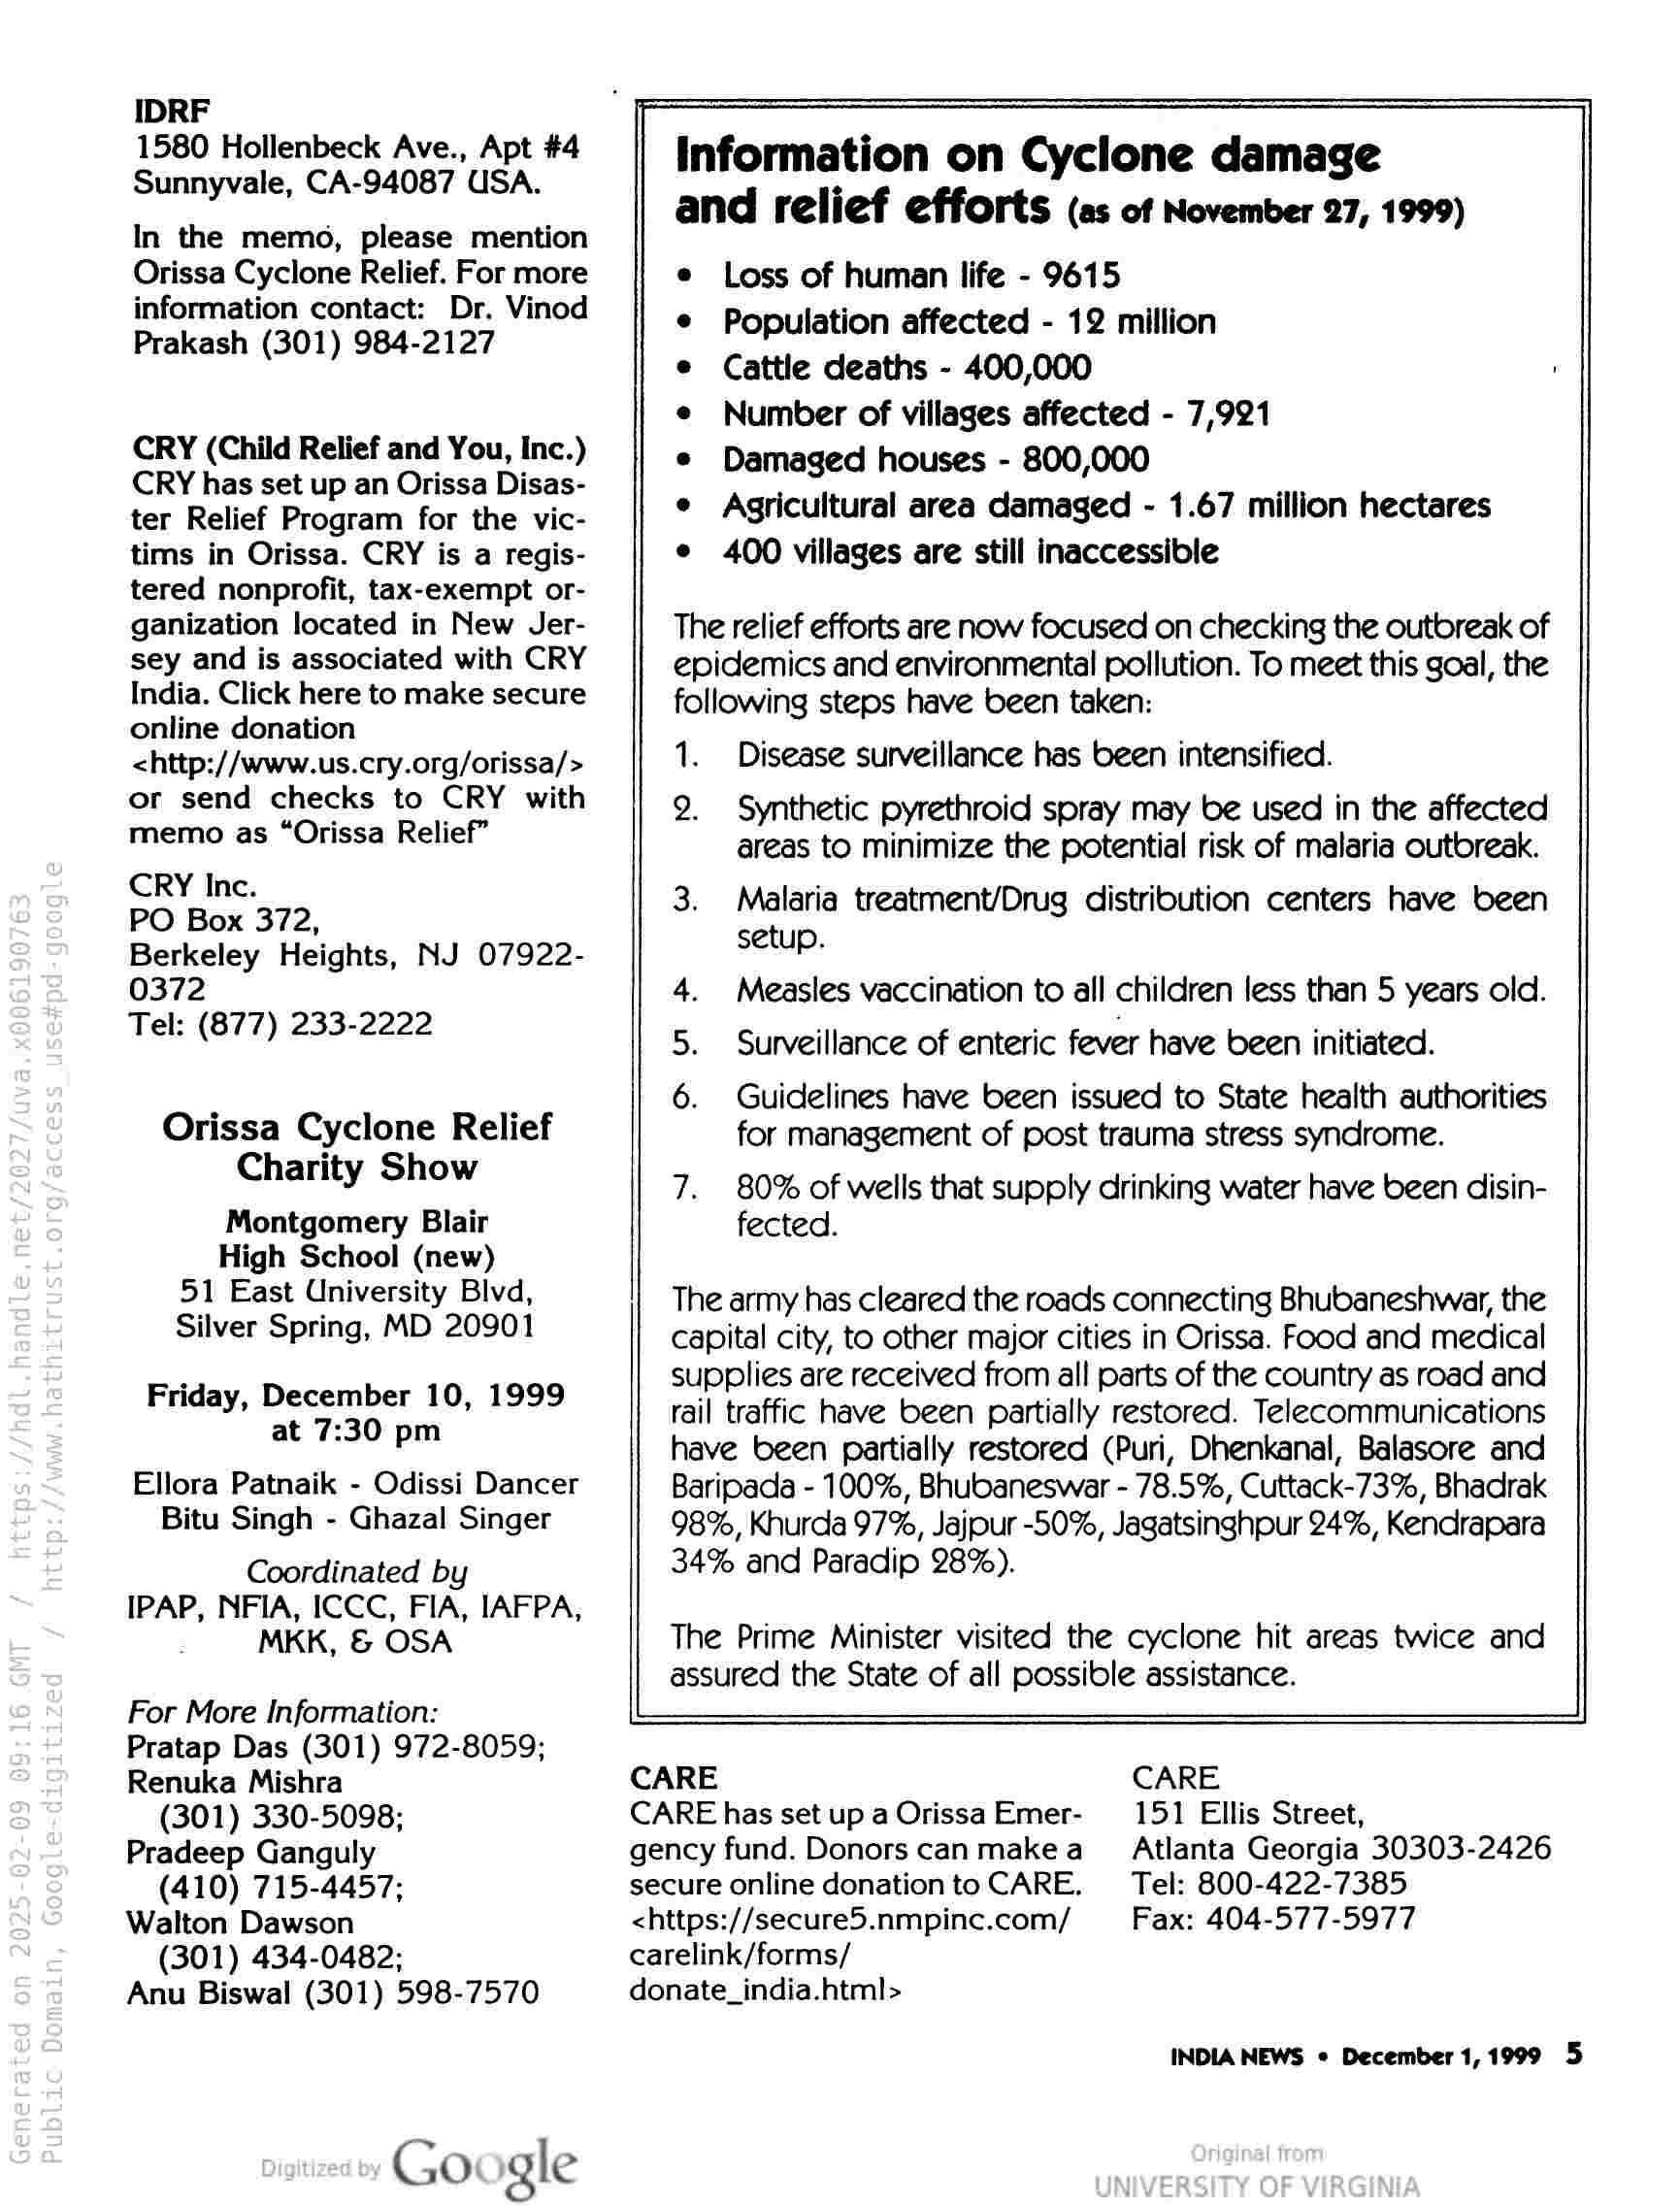
IDRF
1580 Hollenbeck Ave., Apt #4
Sunnyvale, CA-94087 USA.

In the memo, please mention
Orissa Cyclone Relief. For more
information contact: Dr. Vinod
Prakash (301) 984-2127

CRY (Child Relief and You, Inc.)
CRY has set up an Orissa Disas-
ter Relief Program for the vic-
tims in Orissa. CRY is a regis-
tered nonprofit, tax-exempt or-
ganization located in New Jer-
sey and is associated with CRY
India. Click here to make secure
online donation
<http://www.us.cry.org/orissa/>
or send checks to CRY with
memo as “Orissa Relief”

CRY Inc.

PO Box 372,

Berkeley Heights, NJ 07922-
0372

Tel: (877) 233-2222

Orissa Cyclone Relief
Charity Show

Montgomery Blair
High School (new)
51 East University Blvd,
Silver Spring, MD 20901

Friday, December 10, 1999
at 7:30 pm

Ellora Patnaik - Odissi Dancer
Bitu Singh - Ghazal Singer

Coordinated by
IPAP, NFIA, ICCC, FIA, IAFPA,
MKK, & OSA

For More Information:
Pratap Das (301) 972-8059;
Renuka Mishra
(301) 330-5098;
Pradeep Ganguly
(410) 715-4457;
Walton Dawson
(301) 434-0482;
Anu Biswal (301) 598-7570

Google

Information on Cyclone damage
and relief efforts (as of November 27, 1999)

Loss of human life - 9615

Population affected - 12 million

Cattle deaths - 400,000

Number of villages affected - 7,921

Damaged houses - 800,000

Agricultural area damaged - 1.67 million hectares
400 villages are still inaccessible

The relief efforts are now focused on checking the outbreak of
epidemics and environmental pollution. To meet this goal, the
following steps have been taken:

1. Disease surveillance has been intensified.

9. Synthetic pyrethroid spray may be used in the affected
areas to minimize the potential risk of malaria outbreak.

3. Malaria treatment/Drug distribution centers have been
setup.

4. Measles vaccination to all children less than 5 years old.
5. Surveillance of enteric fever have been initiated.

6. Guidelines have been issued to State health authorities
for management of post trauma stress syndrome.

7. 80% of wells that supply drinking water have been disin-
fected.

The army has cleared the roads connecting Bhubaneshwar, the
capital city, to other major cities in Orissa. Food and medical
supplies are received from all parts of the country as road and
rail traffic have been partially restored. Telecommunications
have been partially restored (Puri, Dhenkanal, Balasore and
Baripada - 100%, Bhubaneswar - 78.5%, Cuttack-73%, Bhadrak
98%, Khurda 97%, Jajpur -50%, Jagatsinghpur 24%, Kendrapara
34% and Paradip 28%).

The Prime Minister visited the cyclone hit areas twice and
assured the State of all possible assistance.

——

CARE

CARE

CARE has set up a Orissa Emer-
gency fund. Donors can make a
secure online donation to CARE.
<https://secure5.nmpinc.com/
carelink/forms/
donate_india.html>

151 Ellis Street,

Atlanta Georgia 30303-2426
Tel: 800-422-7385

Fax: 404-577-5977

INDIA NEWS © December 1,1999 5